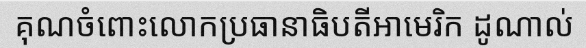
គុណចំពោះលោកប្រធានាធិបតីអាមេរិក ដូណាល់